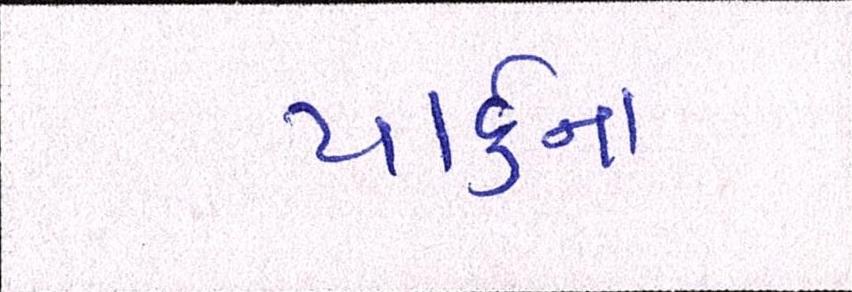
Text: પાર્કના